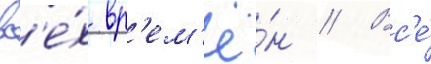
вс'е́х вр'ем'ё́н // Вс'е́